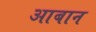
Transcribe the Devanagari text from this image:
आबान